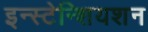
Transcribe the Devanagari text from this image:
इन्स्टेन्शियशन